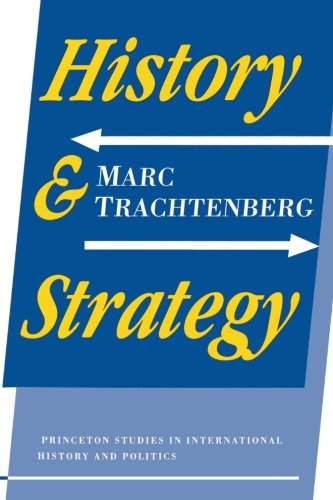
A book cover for History and Strategy; Marc Trachtenberg; History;